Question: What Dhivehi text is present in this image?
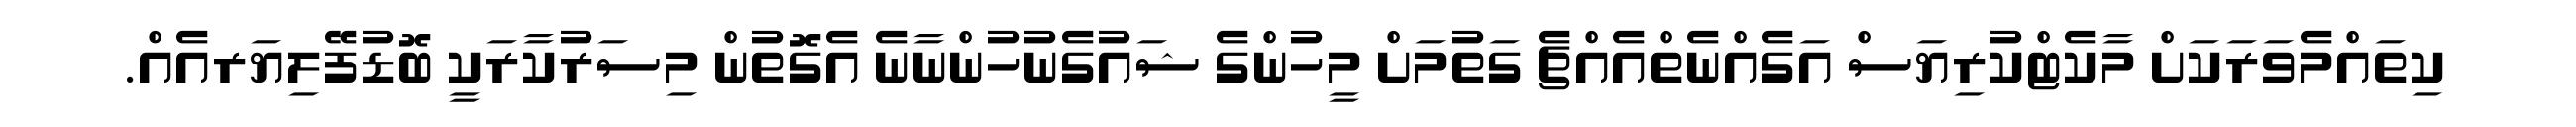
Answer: ކިތައްމެވަރަކަށް މާކެޓްކުރިޔަސް އަގެއްނެތްއެއްޗެ ގަތުމަށް މީހުންގެ ޝައުގެނުހުންނާނެ އެގޮތުން މިސަރުކާރަކީ ބޮޑުފޭލިޔަރއެއް.